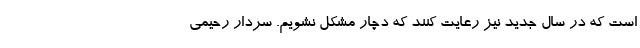
است که در سال جدید نیز رعایت کنند که دچار مشکل نشویم. سردار رحیمی